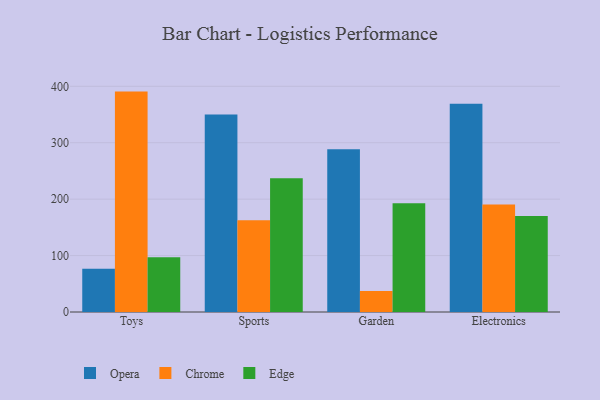
{"axis": {"x": "Category", "y": "Inventory Turnover"}, "legend": ["Chrome", "Edge", "Opera"], "data": [{"x": "Toys", "y": 76.6, "type": "Opera"}, {"x": "Toys", "y": 390.6, "type": "Chrome"}, {"x": "Toys", "y": 97.2, "type": "Edge"}, {"x": "Sports", "y": 350.2, "type": "Opera"}, {"x": "Sports", "y": 162.5, "type": "Chrome"}, {"x": "Sports", "y": 237.2, "type": "Edge"}, {"x": "Garden", "y": 288.3, "type": "Opera"}, {"x": "Garden", "y": 37.3, "type": "Chrome"}, {"x": "Garden", "y": 192.7, "type": "Edge"}, {"x": "Electronics", "y": 369.2, "type": "Opera"}, {"x": "Electronics", "y": 190.7, "type": "Chrome"}, {"x": "Electronics", "y": 170.3, "type": "Edge"}]}